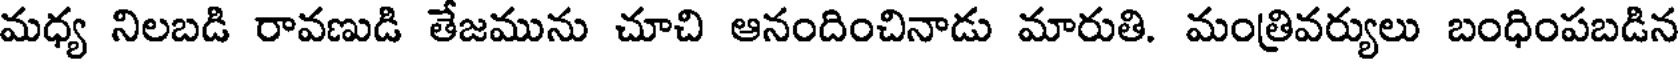
మధ్య నిలబడి రావణుడి తేజమును చూచి ఆనందించినాడు మారుతి. మంత్రివర్యులు బంధింపబడిన